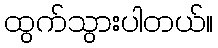
ထွက်သွားပါတယ်။